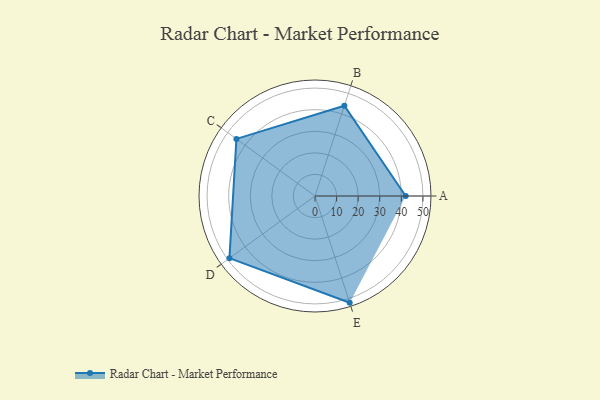
{"axis": {"x": "Skill", "y": "Score"}, "legend": ["Profile"], "data": [{"x": "A", "y": 42.0, "type": "Profile"}, {"x": "B", "y": 44.0, "type": "Profile"}, {"x": "C", "y": 45.0, "type": "Profile"}, {"x": "D", "y": 49.0, "type": "Profile"}, {"x": "E", "y": 52.0, "type": "Profile"}]}